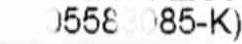
558085-K)